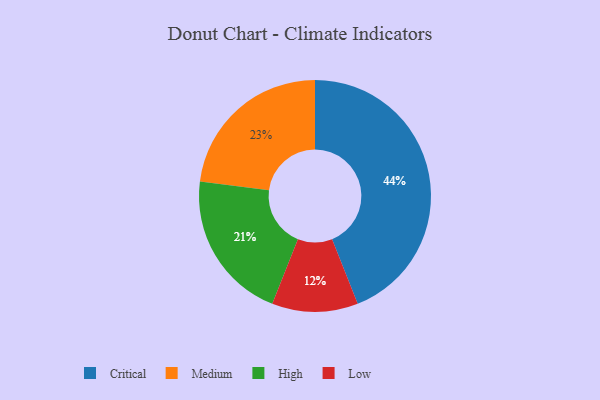
{"axis": {"x": "Category", "y": "Percentage"}, "legend": ["Critical", "High", "Low", "Medium"], "data": [{"x": "Medium", "y": 23, "type": "Medium"}, {"x": "High", "y": 21, "type": "High"}, {"x": "Critical", "y": 44, "type": "Critical"}, {"x": "Low", "y": 12, "type": "Low"}]}